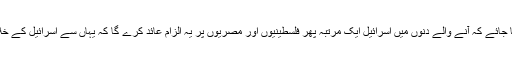
اس بات کو بھی مدنظر رکھا جائے کہ آنے والے دنوں میں اسرائیل ایک مرتبہ پھر فلسطینیوں اور مصریوں پر یہ الزام عائد کرے گا کہ یہاں سے اسرائیل کے خلاف ہتھیار سمگل ہوتے ہیں ۔